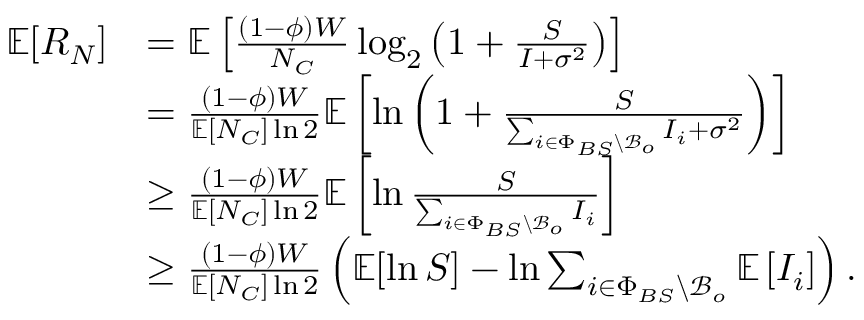
\begin{array} { r l } { \mathbb { E } [ R _ { N } ] } & { = \mathbb { E } \left[ \frac { ( 1 - \phi ) W } { N _ { C } } \log _ { 2 } \left( 1 + \frac { S } { I + \sigma ^ { 2 } } \right) \right] } \\ & { = \frac { ( 1 - \phi ) W } { \mathbb { E } [ N _ { C } ] \ln 2 } \mathbb { E } \left[ \ln \left( 1 + \frac { S } { \sum _ { i \in \Phi _ { B S } \backslash \mathcal { B } _ { o } } I _ { i } + \sigma ^ { 2 } } \right) \right] } \\ & { \geq \frac { ( 1 - \phi ) W } { \mathbb { E } [ N _ { C } ] \ln 2 } \mathbb { E } \left[ \ln \frac { S } { \sum _ { i \in \Phi _ { B S } \backslash \mathcal { B } _ { o } } I _ { i } } \right] } \\ & { \geq \frac { ( 1 - \phi ) W } { \mathbb { E } [ N _ { C } ] \ln 2 } \left( \mathbb { E } [ \ln S ] - \ln \sum _ { i \in \Phi _ { B S } \backslash \mathcal { B } _ { o } } \mathbb { E } \left[ I _ { i } \right] \right) . } \end{array}